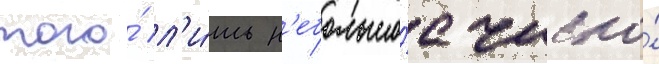
того́ л'и́шь н'ебольшо́е число́